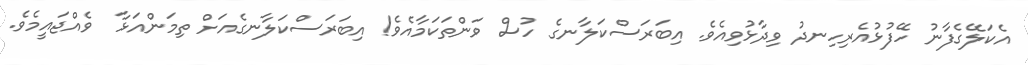
އެކަލޭގެފާނު ހޭފުޅުއެރިހިނދު ވިދާޅުވިއެވެ. އިބަރަސްކަލާނގެ ހުސް ވަންތަކަމާއެވެ! އިބަރަސްކަލާނގެއަށް ތިމަންއަޅާ  ވެއްޖައީމެވެ.